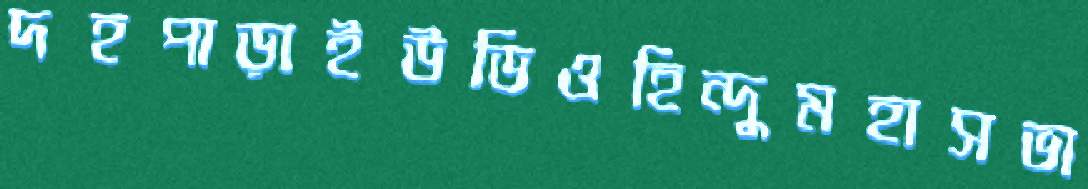
দহপাড়াইউডিওহিন্দুমহাসভা